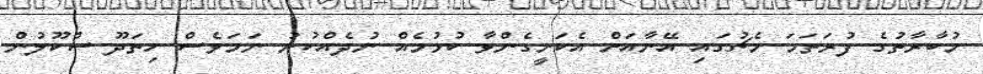
މުބާރާތުގެ ފުރަތަމަ މެޗުގައި އޭނާއަށް އެކަށީގެންވާ ކުޅުމެއް ނުދެއްކުނު ނަމަވެސް ހިތަދޫ ސްކޫލުން